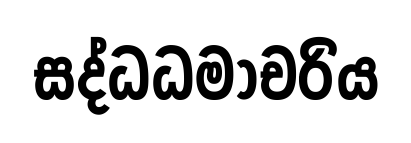
සද්ධධමාචරිය